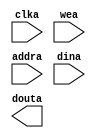
module obc_lower(
  clka,
  wea,
  addra,
  dina,
  douta
);

input clka;
input [0 : 0] wea;
input [9 : 0] addra;
input [7 : 0] dina;
output [7 : 0] douta;

// synthesis translate_off

  BLK_MEM_GEN_V7_3 #(
    .C_ADDRA_WIDTH(10),
    .C_ADDRB_WIDTH(10),
    .C_ALGORITHM(1),
    .C_AXI_ID_WIDTH(4),
    .C_AXI_SLAVE_TYPE(0),
    .C_AXI_TYPE(1),
    .C_BYTE_SIZE(9),
    .C_COMMON_CLK(0),
    .C_DEFAULT_DATA("0"),
    .C_DISABLE_WARN_BHV_COLL(0),
    .C_DISABLE_WARN_BHV_RANGE(0),
    .C_ENABLE_32BIT_ADDRESS(0),
    .C_FAMILY("spartan3"),
    .C_HAS_AXI_ID(0),
    .C_HAS_ENA(0),
    .C_HAS_ENB(0),
    .C_HAS_INJECTERR(0),
    .C_HAS_MEM_OUTPUT_REGS_A(0),
    .C_HAS_MEM_OUTPUT_REGS_B(0),
    .C_HAS_MUX_OUTPUT_REGS_A(0),
    .C_HAS_MUX_OUTPUT_REGS_B(0),
    .C_HAS_REGCEA(0),
    .C_HAS_REGCEB(0),
    .C_HAS_RSTA(0),
    .C_HAS_RSTB(0),
    .C_HAS_SOFTECC_INPUT_REGS_A(0),
    .C_HAS_SOFTECC_OUTPUT_REGS_B(0),
    .C_INIT_FILE("BlankString"),
    .C_INIT_FILE_NAME("no_coe_file_loaded"),
    .C_INITA_VAL("0"),
    .C_INITB_VAL("0"),
    .C_INTERFACE_TYPE(0),
    .C_LOAD_INIT_FILE(0),
    .C_MEM_TYPE(0),
    .C_MUX_PIPELINE_STAGES(0),
    .C_PRIM_TYPE(1),
    .C_READ_DEPTH_A(1024),
    .C_READ_DEPTH_B(1024),
    .C_READ_WIDTH_A(8),
    .C_READ_WIDTH_B(8),
    .C_RST_PRIORITY_A("CE"),
    .C_RST_PRIORITY_B("CE"),
    .C_RST_TYPE("SYNC"),
    .C_RSTRAM_A(0),
    .C_RSTRAM_B(0),
    .C_SIM_COLLISION_CHECK("ALL"),
    .C_USE_BRAM_BLOCK(0),
    .C_USE_BYTE_WEA(0),
    .C_USE_BYTE_WEB(0),
    .C_USE_DEFAULT_DATA(0),
    .C_USE_ECC(0),
    .C_USE_SOFTECC(0),
    .C_WEA_WIDTH(1),
    .C_WEB_WIDTH(1),
    .C_WRITE_DEPTH_A(1024),
    .C_WRITE_DEPTH_B(1024),
    .C_WRITE_MODE_A("WRITE_FIRST"),
    .C_WRITE_MODE_B("WRITE_FIRST"),
    .C_WRITE_WIDTH_A(8),
    .C_WRITE_WIDTH_B(8),
    .C_XDEVICEFAMILY("spartan3")
  )
  inst (
    .CLKA(clka),
    .WEA(wea),
    .ADDRA(addra),
    .DINA(dina),
    .DOUTA(douta),
    .RSTA(),
    .ENA(),
    .REGCEA(),
    .CLKB(),
    .RSTB(),
    .ENB(),
    .REGCEB(),
    .WEB(),
    .ADDRB(),
    .DINB(),
    .DOUTB(),
    .INJECTSBITERR(),
    .INJECTDBITERR(),
    .SBITERR(),
    .DBITERR(),
    .RDADDRECC(),
    .S_ACLK(),
    .S_ARESETN(),
    .S_AXI_AWID(),
    .S_AXI_AWADDR(),
    .S_AXI_AWLEN(),
    .S_AXI_AWSIZE(),
    .S_AXI_AWBURST(),
    .S_AXI_AWVALID(),
    .S_AXI_AWREADY(),
    .S_AXI_WDATA(),
    .S_AXI_WSTRB(),
    .S_AXI_WLAST(),
    .S_AXI_WVALID(),
    .S_AXI_WREADY(),
    .S_AXI_BID(),
    .S_AXI_BRESP(),
    .S_AXI_BVALID(),
    .S_AXI_BREADY(),
    .S_AXI_ARID(),
    .S_AXI_ARADDR(),
    .S_AXI_ARLEN(),
    .S_AXI_ARSIZE(),
    .S_AXI_ARBURST(),
    .S_AXI_ARVALID(),
    .S_AXI_ARREADY(),
    .S_AXI_RID(),
    .S_AXI_RDATA(),
    .S_AXI_RRESP(),
    .S_AXI_RLAST(),
    .S_AXI_RVALID(),
    .S_AXI_RREADY(),
    .S_AXI_INJECTSBITERR(),
    .S_AXI_INJECTDBITERR(),
    .S_AXI_SBITERR(),
    .S_AXI_DBITERR(),
    .S_AXI_RDADDRECC()
  );

// synthesis translate_on

endmodule